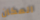
المكان